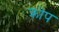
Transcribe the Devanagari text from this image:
क्रोप